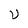
Character: U